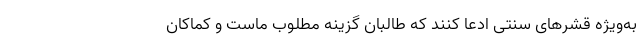
به‌ویژه قشرهای سنتی ادعا کنند که طالبان گزینه مطلوب ماست و کماکان